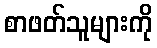
စာဖတ်သူများကို